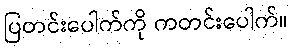
ပြတင်းပေါက်ကို ကတင်းပေါက်။